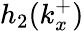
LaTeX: h_{2}(k_{x}^{+})